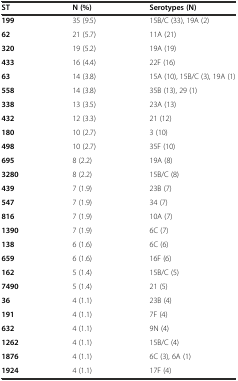
<table><thead><tr><td><b>ST</b></td><td><b>N (%)</b></td><td><b>Serotypes (N)</b></td></tr></thead><tbody><tr><td><b>199</b></td><td>35 (9.5)</td><td>15B/C (33), 19A (2)</td></tr><tr><td><b>62</b></td><td>21 (5.7)</td><td>11A (21)</td></tr><tr><td><b>320</b></td><td>19 (5.2)</td><td>19A (19)</td></tr><tr><td><b>433</b></td><td>16 (4.4)</td><td>22F (16)</td></tr><tr><td><b>63</b></td><td>14 (3.8)</td><td>15A (10), 15B/C (3), 19A (1)</td></tr><tr><td><b>558</b></td><td>14 (3.8)</td><td>35B (13), 29 (1)</td></tr><tr><td><b>338</b></td><td>13 (3.5)</td><td>23A (13)</td></tr><tr><td><b>432</b></td><td>12 (3.3)</td><td>21 (12)</td></tr><tr><td><b>180</b></td><td>10 (2.7)</td><td>3 (10)</td></tr><tr><td><b>498</b></td><td>10 (2.7)</td><td>35F (10)</td></tr><tr><td><b>695</b></td><td>8 (2.2)</td><td>19A (8)</td></tr><tr><td><b>3280</b></td><td>8 (2.2)</td><td>15B/C (8)</td></tr><tr><td><b>439</b></td><td>7 (1.9)</td><td>23B (7)</td></tr><tr><td><b>547</b></td><td>7 (1.9)</td><td>34 (7)</td></tr><tr><td><b>816</b></td><td>7 (1.9)</td><td>10A (7)</td></tr><tr><td><b>1390</b></td><td>7 (1.9)</td><td>6C (7)</td></tr><tr><td><b>138</b></td><td>6 (1.6)</td><td>6C (6)</td></tr><tr><td><b>659</b></td><td>6 (1.6)</td><td>16F (6)</td></tr><tr><td><b>162</b></td><td>5 (1.4)</td><td>15B/C (5)</td></tr><tr><td><b>7490</b></td><td>5 (1.4)</td><td>21 (5)</td></tr><tr><td><b>36</b></td><td>4 (1.1)</td><td>23B (4)</td></tr><tr><td><b>191</b></td><td>4 (1.1)</td><td>7F (4)</td></tr><tr><td><b>632</b></td><td>4 (1.1)</td><td>9N (4)</td></tr><tr><td><b>1262</b></td><td>4 (1.1)</td><td>15B/C (4)</td></tr><tr><td><b>1876</b></td><td>4 (1.1)</td><td>6C (3), 6A (1)</td></tr><tr><td><b>1924</b></td><td>4 (1.1)</td><td>17F (4)</td></tr></tbody></table>